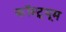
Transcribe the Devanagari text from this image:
कॉस्ट़्यूम